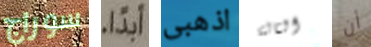
سوراج ابداً اذهبى الثالثة أن